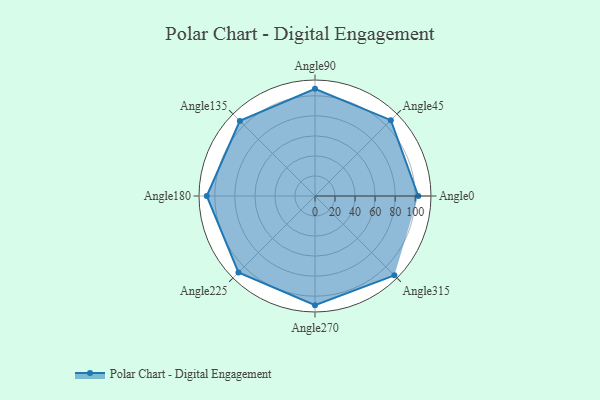
{"axis": {"x": "Angle", "y": "Radius"}, "legend": [""], "data": [{"x": "Angle0", "y": 103.0, "type": ""}, {"x": "Angle45", "y": 107.0, "type": ""}, {"x": "Angle90", "y": 107.0, "type": ""}, {"x": "Angle135", "y": 106.0, "type": ""}, {"x": "Angle180", "y": 108.0, "type": ""}, {"x": "Angle225", "y": 108.0, "type": ""}, {"x": "Angle270", "y": 109.0, "type": ""}, {"x": "Angle315", "y": 112.0, "type": ""}]}